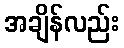
အချိန်လည်း